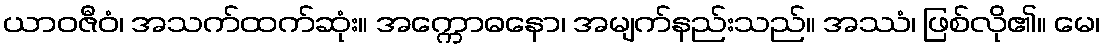
ယာဝဇီဝံ၊ အသက်ထက်ဆုံး။ အက္ကောဓနော၊ အမျက်နည်းသည်။ အဿံ၊ ဖြစ်လို၏။ မေ၊